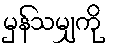
မှန်သမျှကို